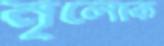
নৃলোক